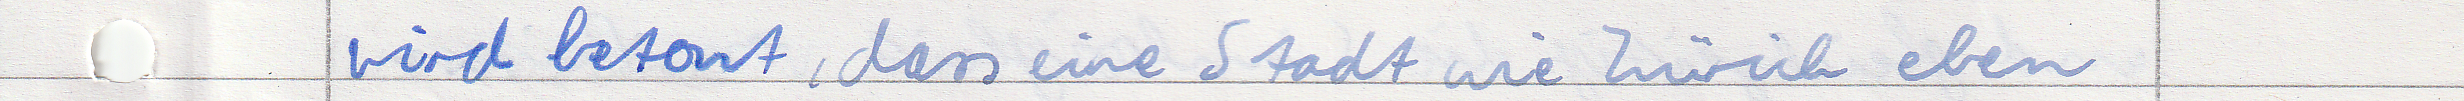
wird betont, dass eine Stadt wie Zürich eben